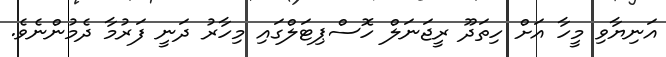
އަނިޔާވި މީހާ އަށް ހިތަދޫ ރީޖަނަލް ހޮސްޕިޓަލްގައި މިހާރު ދަނީ ފަރުމާ ދެމުންނެވެ.